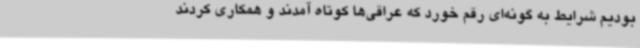
بودیم شرایط به گونه‌ای رقم خورد که عراقی‌ها کوتاه آمدند و همکاری کردند